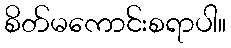
စိတ်မကောင်းစရာပါ။